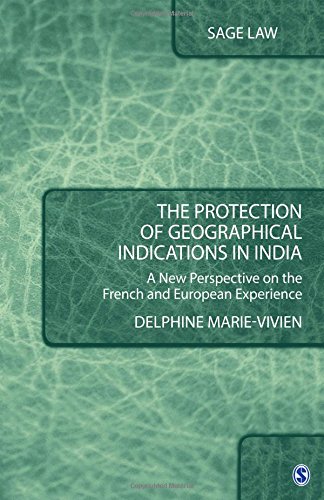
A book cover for The Protection of Geographical Indications in India: A New Perspective on the French and European Experience (SAGE Law); Delphine Marie-Vivien; Law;